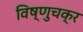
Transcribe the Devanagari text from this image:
विष्णुचक्र